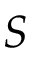
S